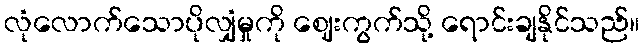
လုံလောက်သောပိုလျှံမှုကို ဈေးကွက်သို့ ရောင်းချနိုင်သည်။